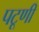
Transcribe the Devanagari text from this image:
पटूणी